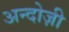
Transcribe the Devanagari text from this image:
अन्दोज़ी